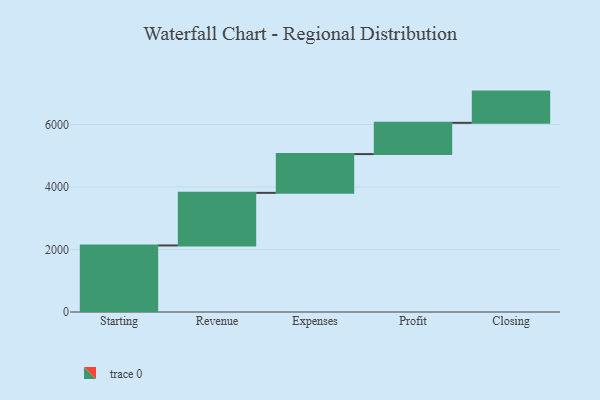
{"axis": {"x": "Step", "y": "Value"}, "legend": [""], "data": [{"x": "Starting", "y": 2130.0, "type": ""}, {"x": "Revenue", "y": 1683.0, "type": ""}, {"x": "Expenses", "y": 1241.0, "type": ""}, {"x": "Profit", "y": 1000, "type": ""}, {"x": "Closing", "y": 1000, "type": ""}]}